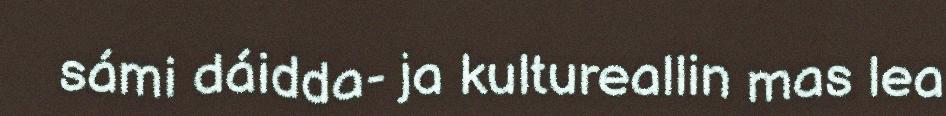
sámi dáidda- ja kultureallin mas lea